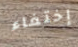
إختفاء